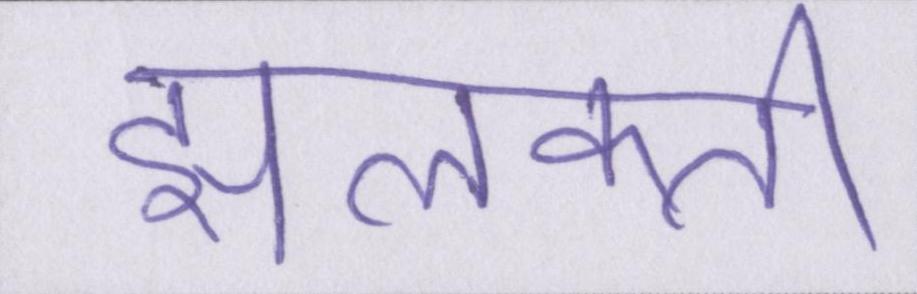
झलकती